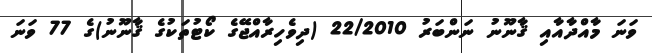
ވަނަ މާއްދާއާއި ޤާނޫނު ނަންބަރު 22/2010 (ދިވެހިރާއްޖޭގެ ކޯޓުތަކުގެ ޤާނޫނު)ގެ 77 ވަނަ